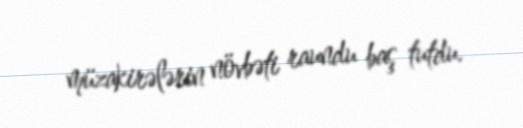
müzakirələrin növbəti raundu baş tutdu.